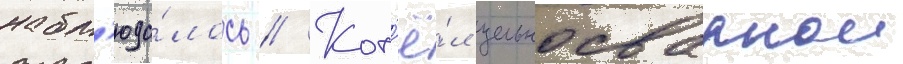
набл'юда́лось // Кот'ё́л цельносварнои